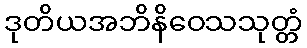
ဒုတိယအဘိနိဝေသသုတ္တံ